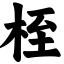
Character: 桎